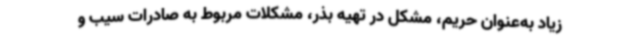
زیاد به‌عنوان حریم، مشکل در تهیه بذر، مشکلات مربوط به صادرات سیب و